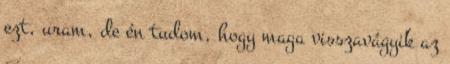
ezt, uram, de én tudom, hogy maga visszavágyik az